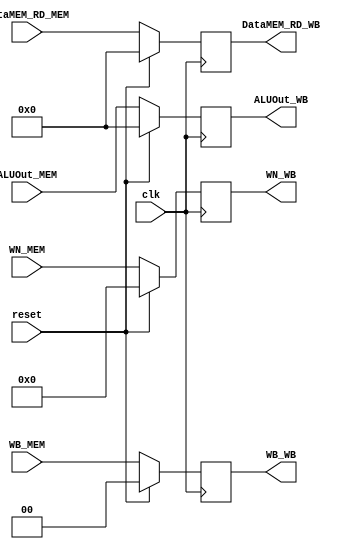
// 
`timescale 1ns/1ns
//  module MEM_WB  ports
module MEM_WB( clk, reset, WB_MEM, WB_WB, ALUOut_MEM, ALUOut_WB, DataMEM_RD_MEM, DataMEM_RD_WB, WN_MEM, WN_WB);

input clk, reset;

input [1:0] WB_MEM; // MemtoRegRegWrite
input [31:0] ALUOut_MEM;
input [31:0] DataMEM_RD_MEM;
input [4:0] WN_MEM;

output reg [1:0] WB_WB; // MemtoRegRegWrite
output reg [31:0] ALUOut_WB;
output reg [31:0] DataMEM_RD_WB;
output reg [4:0] WN_WB;

always@(posedge clk)
begin
    if(reset)
    begin
        WB_WB <= 2'b0;
        ALUOut_WB <= 32'b0;
        DataMEM_RD_WB <= 32'b0;
        WN_WB <= 5'b0;
    end
    else
    begin
        WB_WB = WB_MEM;
        ALUOut_WB = ALUOut_MEM;
        DataMEM_RD_WB = DataMEM_RD_MEM;
        WN_WB = WN_MEM;
    end
end




endmodule